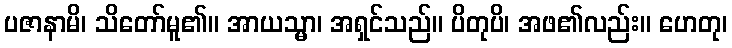
ပဇာနာမိ၊ သိတော်မူ၏။ အာယသ္မာ၊ အရှင်သည်။ ပိတုပိ၊ အဖ၏လည်း။ ဟေတု၊